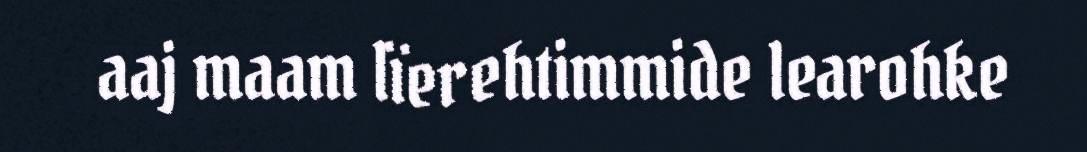
aaj maam lïerehtimmide learohke